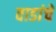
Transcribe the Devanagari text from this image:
वाडांचे